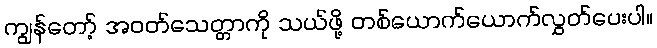
ကျွန်တော့် အဝတ်သေတ္တာကို သယ်ဖို့ တစ်ယောက်ယောက်လွှတ်ပေးပါ။